Scottish Leaving Certificate Examination, 1952
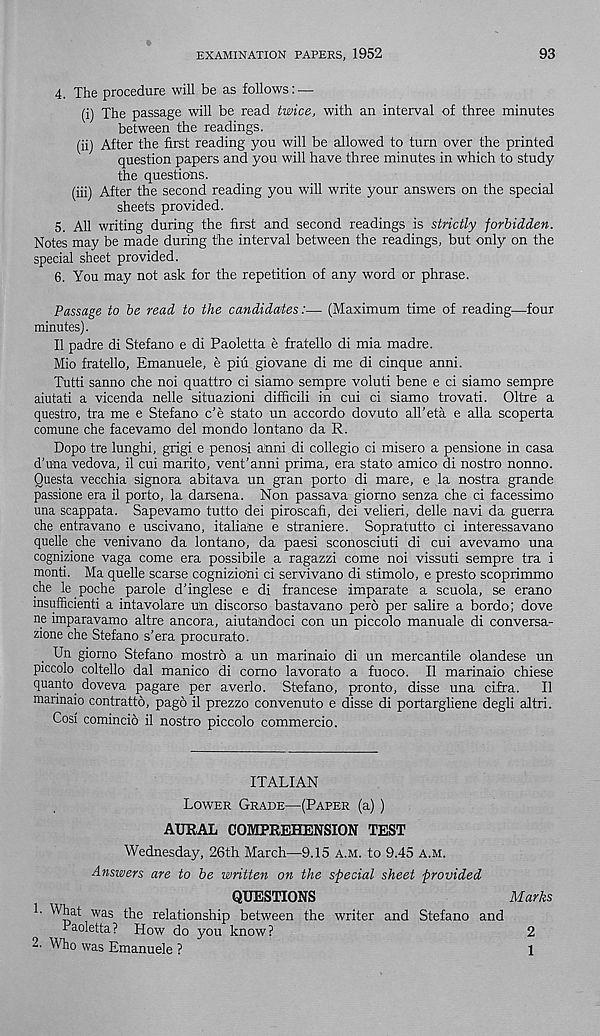
EXAMINATION PAPERS, 1952
93
4. The procedure will be as follows: —
(i) The passage will be read twice, with an interval of three minutes
between the readings.
(ii) After the first reading you will be allowed to turn over the printed
question papers and you will have three minutes in which to study
the questions.
(iii) After the second reading you will write your answers on the special
sheets provided.
5. All writing during the first and second readings is strictly forbidden.
Notes may be made during the interval between the readings, but only on the
special sheet provided.
6. You may not ask for the repetition of any word or phrase.
Passage to be read to the candidates:— (Maximum time of reading—four
minutes).
II padre di Stefano e di Paoletta e fratello di mia madre.
Mio fratello, Emanuele, e piu giovane di me di cinque anni.
Tutti sanno che noi quattro ci siamo sempre voluti bene e ci siamo sempre
aiutati a vicenda nelle situazioni difficili in cui ci siamo trovati. Oltre a
questro, tra me e Stefano c’e stato un accordo dovuto all'eta e alia scoperta
comune che facevamo del mondo lontano da R.
Dopo tre lunghi, grigi e penosi a ; nni di collegio ci misero a pensione in casa
d'una vedova, il cui marito, vent’anni prima, era stato amico di nostro nonno.
Questa vecchia signora abitava un gran porto di mare, e la nostra grande
passione era il porto, la darsena. Non passava giorno senza che ci facessimo
una scappata. Sapevamo tutto dei piroscafi, dei velieri, delle navi da guerra
che entravano e uscivano, italiane e straniere. Sopratutto ci interessavano
quelle che venivano da lontano, da paesi sconosciuti di cui avevamo una
cognizione vaga come era possibile a ragazzi come noi vissuti sempre tra i
monti. Ma quelle scarse cognizioni ci servivano di stimolo, e presto scoprimmo
che le poche parole d’inglese e di francese imparate a scuola, se erano
insufficienti a intavolare un discorso bastavano pero per salire a bordo; dove
ne imparavamo altre ancora, aiutandoci con un piccolo manuale di conversa-
zione che Stefano s’era procurato.
Un giorno Stefano mostro a un marinaio di un mercantile olandese un
piccolo coltello dal manico di corno lavorato a fuoco. Il marinaio chiese
quanto, doveva pagare per averlo. Stefano, pronto, disse una cifra. Il
marinaio contratto, pago il prezzo oonvenuto e disse di portargliene degli altri.
Cosi comincio il nostro piccolo commercio.
ITALIAN
Lower Grade—(Paper (a) )
AURAL COMPREHENSION TEST
Wednesday, 26th March—9.15 a.m. to 9.45 a.m.
Answers are to be written on the special sheet provided
1- What was the relationship between the writer and
QUESTIONS
Marks
Paoletta? How do you know?
2- Who was Emanuele ?
Stefano and
2
1